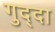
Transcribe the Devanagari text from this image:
गुद्दा